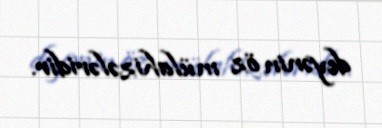
deyənin öz mülahizələridir.